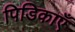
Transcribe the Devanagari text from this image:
पिडिकाएँ